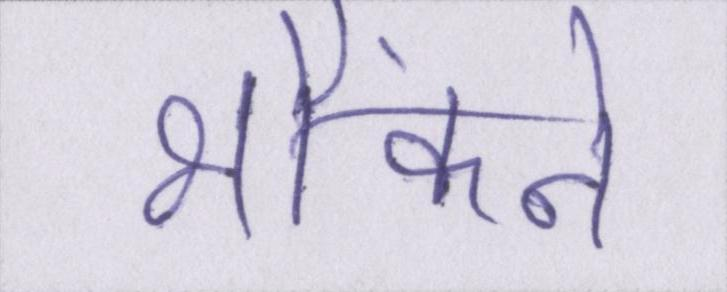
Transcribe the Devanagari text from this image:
भौंकने